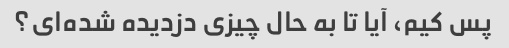
پس کیم، آیا تا به حال چیزی دزدیده شده‌ای؟